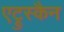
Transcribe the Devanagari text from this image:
एट्रुस्कैन